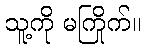
သူ့ကို မကြိုက်။